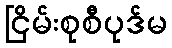
ငြိမ်းစုစီပုဒ်မ